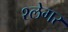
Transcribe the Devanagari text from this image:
श्लेगर